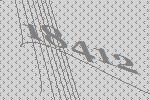
18412